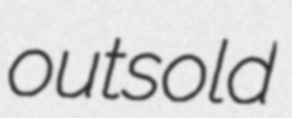
outsold